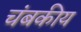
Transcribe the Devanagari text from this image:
चंबकीय